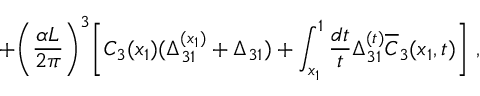
+ \biggl ( \frac { \alpha L } { 2 \pi } \biggr ) ^ { 3 } \biggl [ C _ { 3 } ( x _ { 1 } ) ( \Delta _ { 3 1 } ^ { ( x _ { 1 } ) } + \Delta _ { 3 1 } ) + \int _ { x _ { 1 } } ^ { 1 } \frac { d t } { t } \Delta _ { 3 1 } ^ { ( t ) } \overline { { C } } _ { 3 } ( x _ { 1 } , t ) \biggr ] \ ,